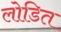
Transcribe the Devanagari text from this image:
लोडित